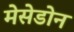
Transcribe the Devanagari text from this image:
मेसेडोन